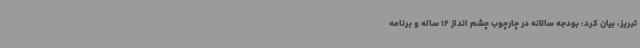
تبریز، بیان کرد: بودجه سالانه در چارچوب چشم انداز 12 ساله و برنامه